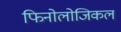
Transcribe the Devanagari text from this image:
फिनोलोजिकल